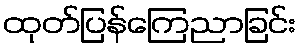
ထုတ်ပြန်ကြေညာခြင်း